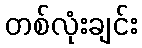
တစ်လုံးချင်း